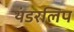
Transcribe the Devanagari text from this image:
थंडरलिप